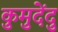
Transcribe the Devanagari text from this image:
कुमुदेंदु